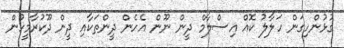
ގުޅުންހިގަން ހަލާލު ކޮއް އިސްލާމް ދީން ނޫން އެހެން ދީންތަކާއި ދީން ދޫކުރާމީހުން